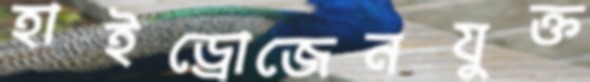
হাইড্রোজেনযুক্ত